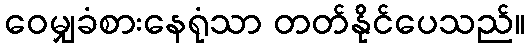
ဝေမျှခံစားနေရုံသာ တတ်နိုင်ပေသည်။